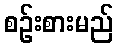
စဉ်းစားမည်